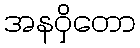
အနဝှိတော